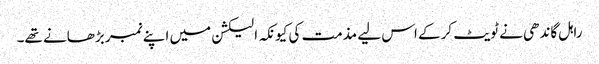
راہل گاندھی نے ٹویٹ کرکے اس لیے مذمت کی کیونکہ الیکشن میں اپنے نمبر بڑھانے تھے۔